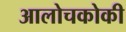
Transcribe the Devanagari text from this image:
आलोचकोकी